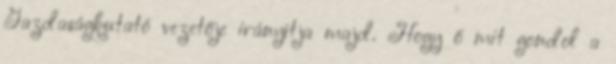
Gazdaságkutató vezetője irányítja majd. Hogy ő mit gondol a